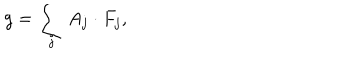
LaTeX: g = \sum _ { j } A _ { j } \cdot F _ { j } ,